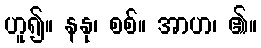
ဟူ၍။ နနု၊ စစ်။ အာဟ၊ ၏။